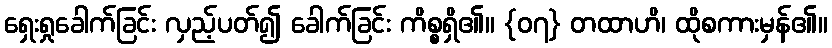
ရှေးရှုခေါက်ခြင်း လှည့်ပတ်၍ ခေါက်ခြင်း ကိစ္စရှိ၏။ {၀၇} တထာဟိ၊ ထိုစကားမှန်၏။